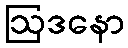
ဩဒနော